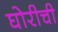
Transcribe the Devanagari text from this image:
घोरीची